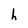
Character: h